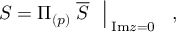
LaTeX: \left. S = \Pi _ { ( p ) } \; \overline { { S } } \ \ \right| _ { \; \mathrm { I m } z = 0 } \ \ ,